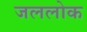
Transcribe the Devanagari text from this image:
जललोक